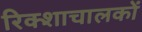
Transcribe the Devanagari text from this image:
रिक्शाचालकों